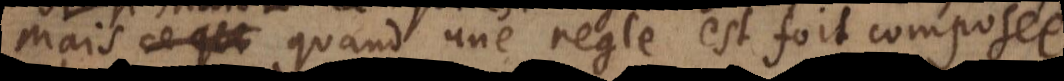
Mais quand une regle est fort composée,